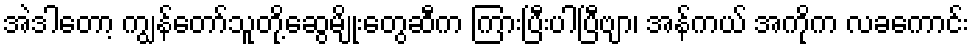
အဲဒါတော့ ကျွန်တော်သူတို့ဆွေမျိုးတွေဆီက ကြားပြီးပါပြီဗျာ၊ အန်ကယ် အကိုက လခကောင်း